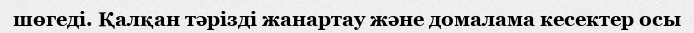
шөгеді. Қалқан тәрізді жанартау және домалама кесектер осы